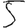
Digit: 5